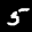
Label: 5